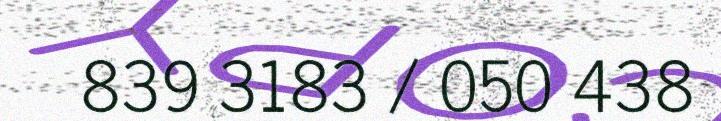
839 3183 / 050 438